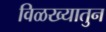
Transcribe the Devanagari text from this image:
विळख्यातुन